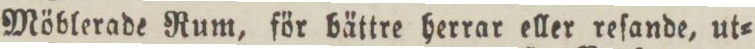
Möblerade Rum, för bättre herrar eller reſande, ut=